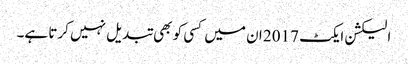
الیکشن ایکٹ 2017 ان میں کسی کو بھی تبدیل نہیں کرتا ہے۔